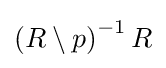
\left(R\setminus p\right)^{-1}R